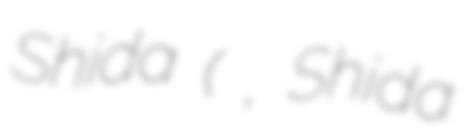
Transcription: Shida (志田 未来, Shida